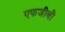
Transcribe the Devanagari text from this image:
एफजीबी